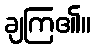
ချကြ၏။